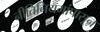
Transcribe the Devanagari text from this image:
नीतिनियमांपासून